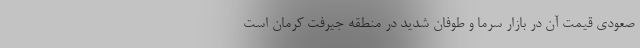
صعودی قیمت آن در بازار سرما و طوفان شدید در منطقه جیرفت کرمان است